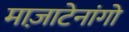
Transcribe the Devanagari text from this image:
माज़ाटेनांगो